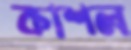
কাশল